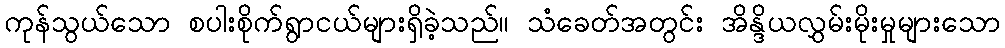
ကုန်သွယ်သော စပါးစိုက်ရွာငယ်များရှိခဲ့သည်။ သံခေတ်အတွင်း အိန္ဒိယလွှမ်းမိုးမှုများသော